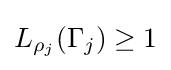
L_{\rho _{j}}(\Gamma _{j})\geq 1